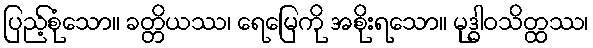
ပြည့်စုံသော။ ခတ္တိယဿ၊ ရေမြေကို အစိုးရသော။ မုဒ္ဓါဝသိတ္ထဿ၊